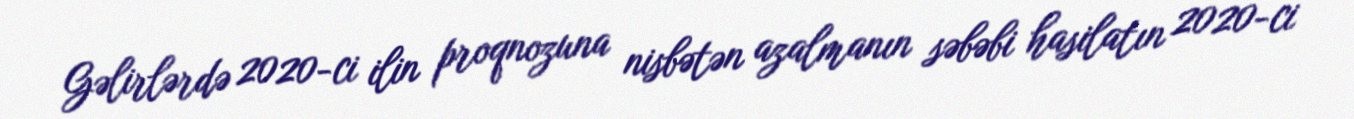
Gəlirlərdə 2020-ci ilin proqnozuna nisbətən azalmanın səbəbi hasilatın 2020-ci